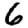
Digit: 6